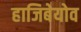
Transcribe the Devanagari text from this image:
हाजिबेयोव